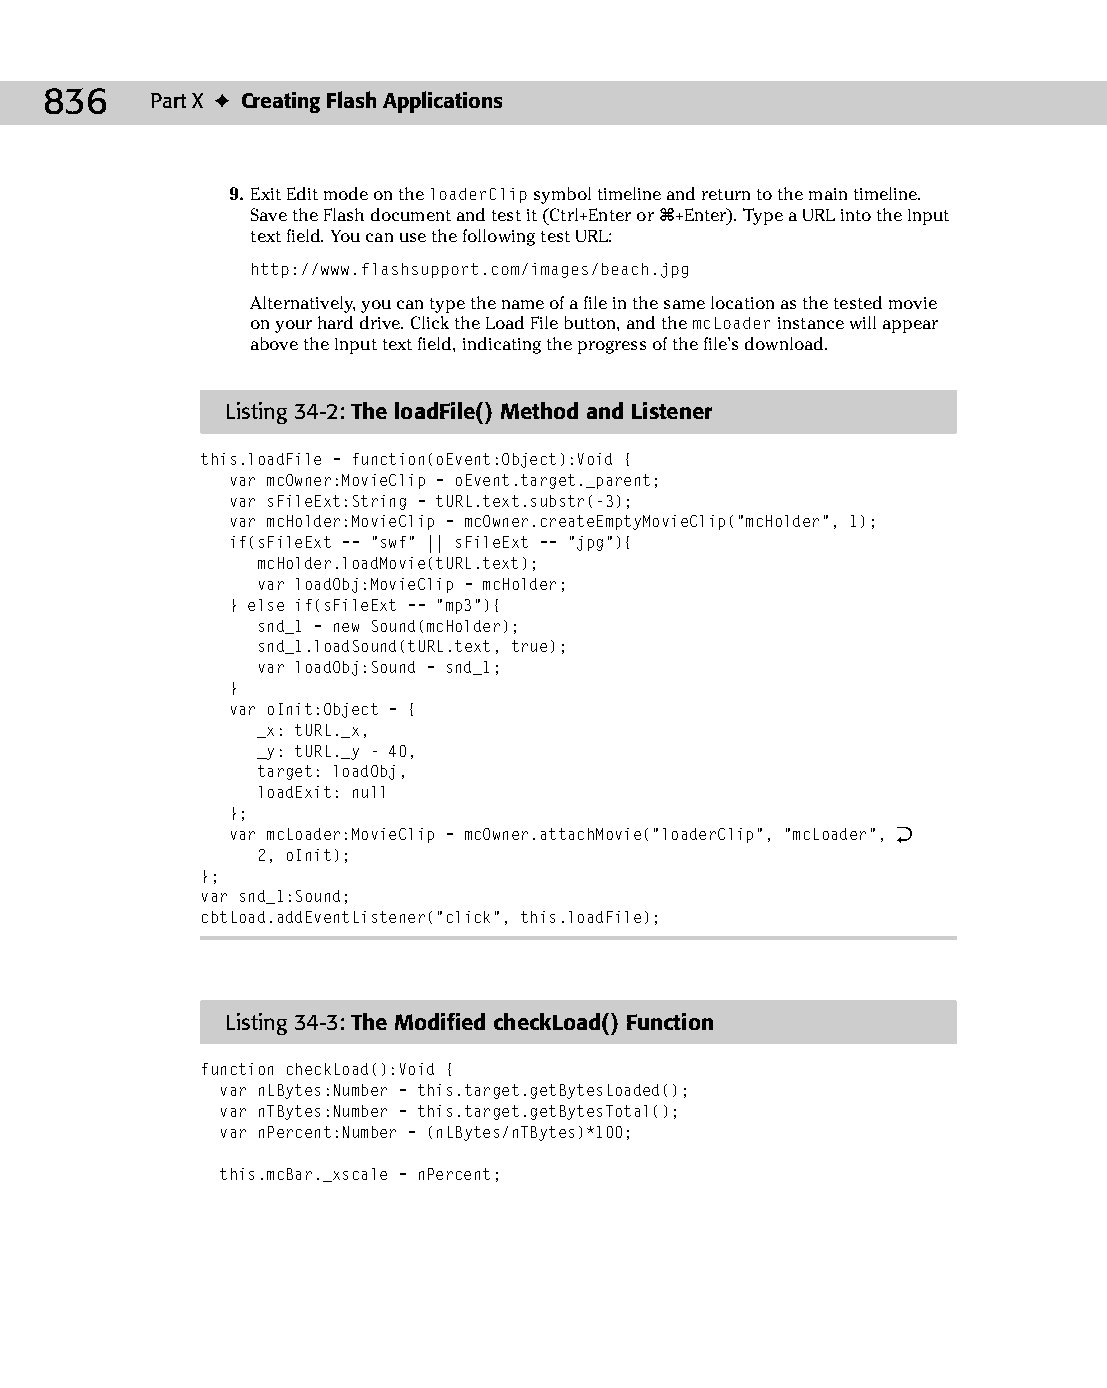
45 543547 ch34.qxd 3/24/04 4:15 PM Page 836
 836    Part X ✦ Creating Flash Applications
 9. Exit Edit mode on the loaderClip symbol timeline and return to the main timeline.
 Save the Flash document and test it (Ctrl+Enter or Ô+Enter). Type a URL into the Input
 text field. You can use the following test URL:
 http://www.flashsupport.com/images/beach.jpg
 Alternatively, you can type the name of a file in the same location as the tested movie
 on your hard drive. Click the Load File button, and the mcLoader instance will appear
 above the Input text field, indicating the progress of the file’s download.
 Listing 34-2: The loadFile( ) Method and Listener
 this.loadFile = function(oEvent:Object):Void {
 var mcOwner:MovieClip = oEvent.target._parent;
 var sFileExt:String = tURL.text.substr(-3);
 var mcHolder:MovieClip = mcOwner.createEmptyMovieClip(“mcHolder”, 1);
 if(sFileExt == “swf” || sFileExt == “jpg”){
 mcHolder.loadMovie(tURL.text);
 var loadObj:MovieClip = mcHolder;
 } else if(sFileExt == “mp3”){
 snd_1 = new Sound(mcHolder);
 snd_1.loadSound(tURL.text, true);
 var loadObj:Sound = snd_1;
 }
 var oInit:Object = {
 _x: tURL._x,
 _y: tURL._y - 40,
 target: loadObj,
 loadExit: null
 };
 var mcLoader:MovieClip = mcOwner.attachMovie(“loaderClip”, “mcLoader”, Æ
 2, oInit);
 };
 var snd_1:Sound;
 cbtLoad.addEventListener(“click”, this.loadFile);
 Listing 34-3: The Modified checkLoad() Function
 function checkLoad():Void {
 var nLBytes:Number = this.target.getBytesLoaded();
 var nTBytes:Number = this.target.getBytesTotal();
 var nPercent:Number = (nLBytes/nTBytes)*100;
 this.mcBar._xscale = nPercent;